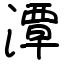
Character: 潭